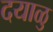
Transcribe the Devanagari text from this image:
दयाळु